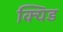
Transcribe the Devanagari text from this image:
क्यिड